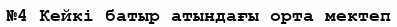
№4 Кейкі батыр атындағы орта мектеп